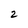
Character: 2